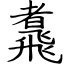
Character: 䬡